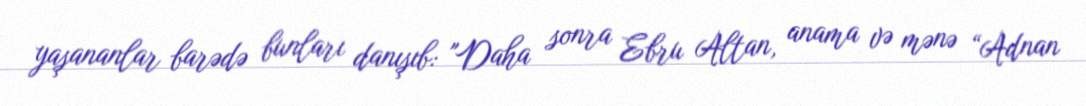
yaşananlar barədə bunları danışıb: "Daha sonra Ebru Altan, anama və mənə “Adnan